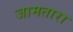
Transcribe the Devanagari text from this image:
जामतारा